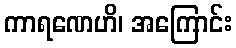
ကာရဏေဟိ၊ အကြောင်း